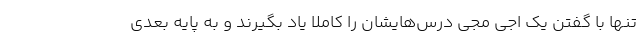
تنها با گفتن یک اجی مجی درس‌هایشان را کاملا یاد بگیرند و به پایه بعدی